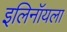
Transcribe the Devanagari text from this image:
इलिनॉयला